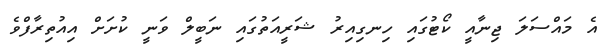
އެ މައްސަލަ ޖިނާއީ ކޯޓުގައި ހިނގިއިރު ޝަރީއަތުގައި ނަބީލް ވަނީ ކުށަށް އިއުތިރާފްވެ